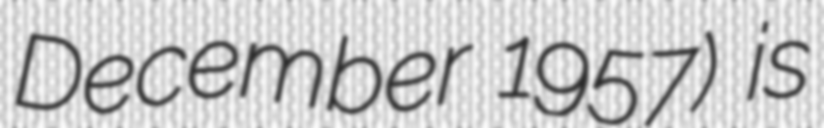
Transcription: December 1957) is